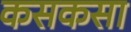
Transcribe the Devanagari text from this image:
कसकसा